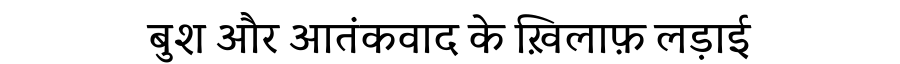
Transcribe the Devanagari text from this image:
बुश और आतंकवाद के ख़िलाफ़ लड़ाई